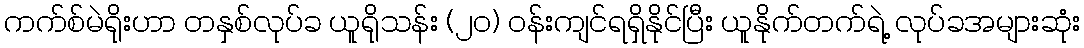
ကက်စ်မဲရိုးဟာ တနှစ်လုပ်ခ ယူရိုသန်း (၂၀) ဝန်းကျင်ရရှိနိုင်ပြီး ယူနိုက်တက်ရဲ့ လုပ်ခအများဆုံး